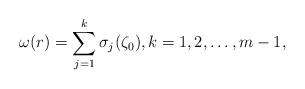
LaTeX: \begin{align*}\omega(r)=\sum_{j=1}^{k}\sigma_j(\zeta_0), k=1,2,\ldots,m-1,\end{align*}